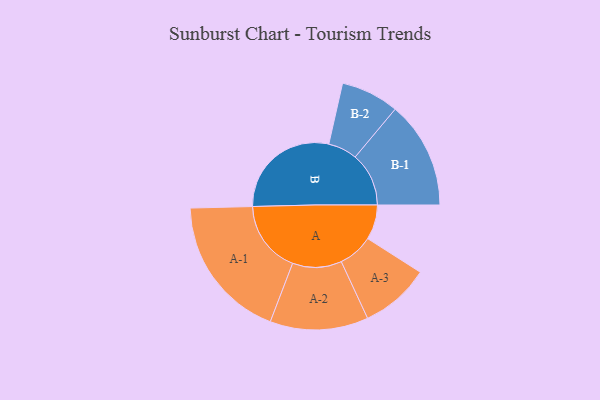
{"axis": {"x": "Segment", "y": "Value"}, "legend": ["", "A", "B"], "data": [{"x": "A", "y": 139, "type": ""}, {"x": "B", "y": 445, "type": ""}, {"x": "A-1", "y": 289, "type": "A"}, {"x": "A-2", "y": 196, "type": "A"}, {"x": "A-3", "y": 139, "type": "A"}, {"x": "B-1", "y": 214, "type": "B"}, {"x": "B-2", "y": 116, "type": "B"}]}